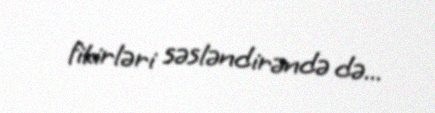
fikirləri səsləndirəndə də...